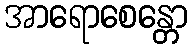
အာရောစေန္တော